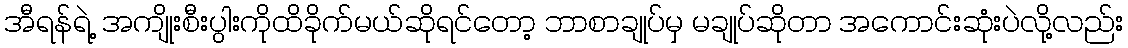
အီရန်ရဲ့ အကျိုးစီးပွါးကိုထိခိုက်မယ်ဆိုရင်တော့ ဘာစာချုပ်မှ မချုပ်ဆိုတာ အကောင်းဆုံးပဲလို့လည်း